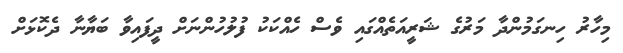
މިހާރު ހިނގަމުންދާ މަރުގެ ޝަރީއަތެއްގައި ވެސް ހެއްކަކު ފުލުހުންނަށް ދީފައިވާ ބަޔާނާ ދެކޮޅަށް